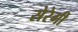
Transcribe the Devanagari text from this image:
सेरेगी